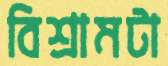
বিশ্রামটা